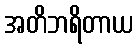
အတိဘရိတာယ